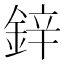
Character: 鋅